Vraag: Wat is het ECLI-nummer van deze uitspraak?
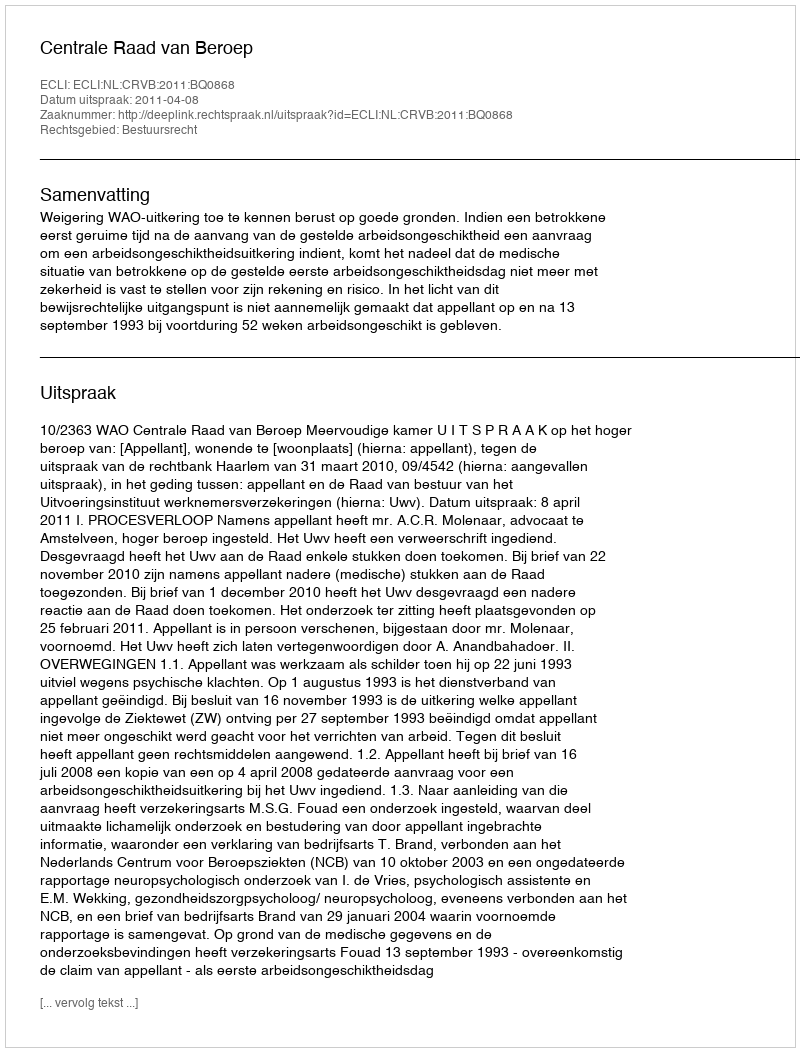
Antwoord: ECLI:NL:CRVB:2011:BQ0868